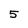
Character: 5